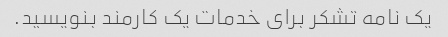
یک نامه تشکر برای خدمات یک کارمند بنویسید.